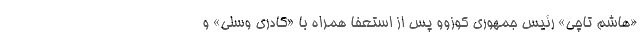
«هاشم تاچی» رئیس جمهوری کوزوو پس از استعفا همراه با «کادری وسلی» و